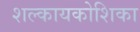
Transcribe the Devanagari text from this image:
शल्कायकोशिका